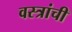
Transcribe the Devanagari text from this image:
वस्त्रांची